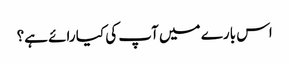
اس بارے میں آپ کی کیا رائے ہے؟